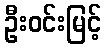
ဦးဝင်းမြင့်